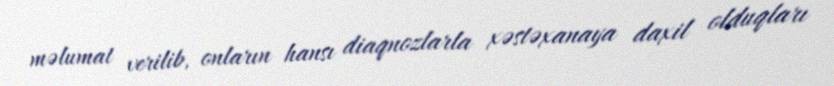
məlumat verilib, onların hansı diaqnozlarla xəstəxanaya daxil olduqları